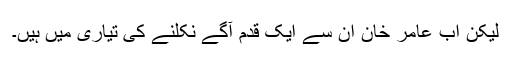
لیکن اب عامر خان ان سے ایک قدم آگے نکلنے کی تیاری میں ہیں۔